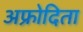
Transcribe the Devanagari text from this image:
अफ्रोदिता